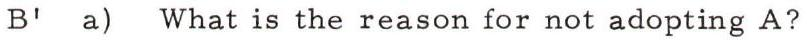
B' a) What is the reason for not adopting A?